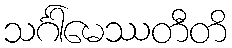
သင်္ဂါမေဿတီတိ